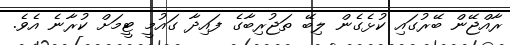
ރާއްޖޭން ބޭރުގައި ކުޅެގެން ލިބޭ ތަޖުރިބާގެ ފައިދާ ގައުމީ ޓީމަށް ކުރާނެ އެވެ.